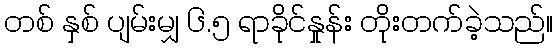
တစ် နှစ် ပျမ်းမျှ ၆.၅ ရာခိုင်နှုန်း တိုးတက်ခဲ့သည်။